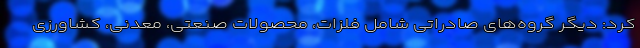
کرد: دیگر گروه‌های صادراتی شامل فلزات، محصولات صنعتی، معدنی، کشاورزی